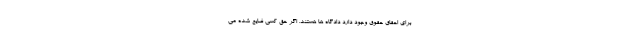
برای احقاق حقوق وجود دارد دادگاه ها هستند. اگر حق کسی ضایع شده می